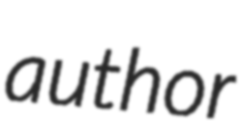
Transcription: author